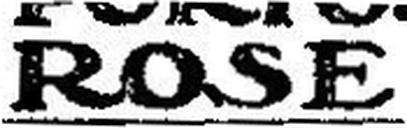
ROSE